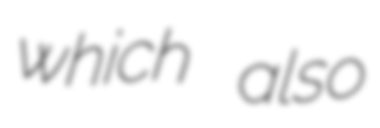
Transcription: which also